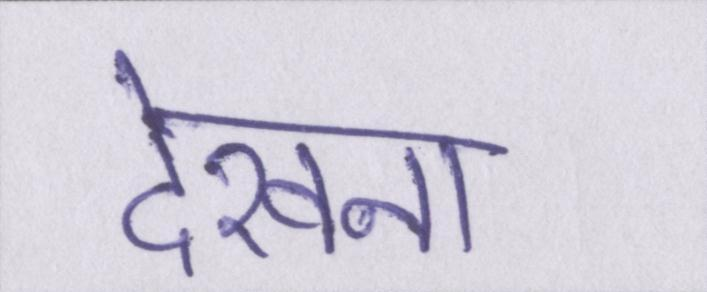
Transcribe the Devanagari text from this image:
देखना